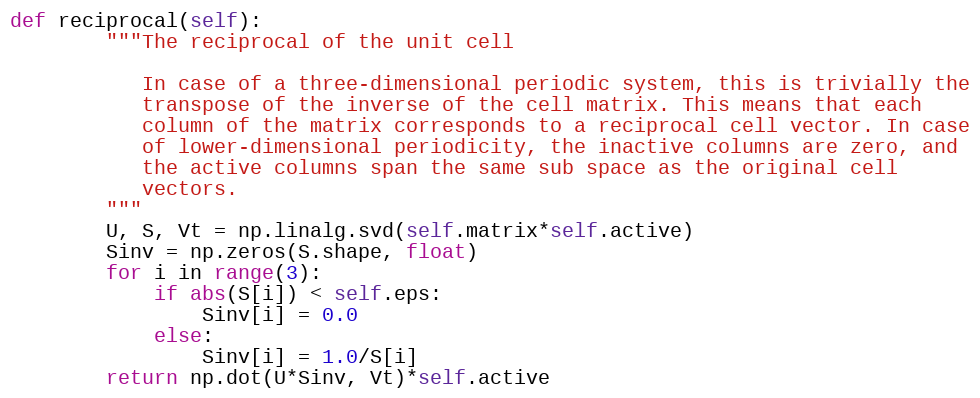
Language: Python
def reciprocal(self):
        """The reciprocal of the unit cell

           In case of a three-dimensional periodic system, this is trivially the
           transpose of the inverse of the cell matrix. This means that each
           column of the matrix corresponds to a reciprocal cell vector. In case
           of lower-dimensional periodicity, the inactive columns are zero, and
           the active columns span the same sub space as the original cell
           vectors.
        """
        U, S, Vt = np.linalg.svd(self.matrix*self.active)
        Sinv = np.zeros(S.shape, float)
        for i in range(3):
            if abs(S[i]) < self.eps:
                Sinv[i] = 0.0
            else:
                Sinv[i] = 1.0/S[i]
        return np.dot(U*Sinv, Vt)*self.active